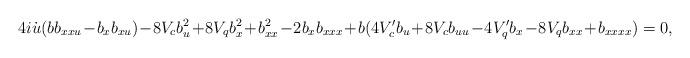
LaTeX: \begin{align*}4 i \dot{u} (b b_{xxu} \!-\! b_x b_{xu}) \!-\! 8 V_c b_u^2 \!+\! 8 V_q b_x^2 \!+\! b_{xx}^2 \!-\! 2b_x b_{xxx} \!+\! b (4 V_c' b_u \!+\! 8 V_c b_{uu} \!-\! 4 V_q' b_x \!-\! 8 V_q b_{xx} \!+\! b_{xxxx}) = 0,\end{align*}